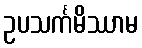
ဥပသင်္ကမိဿာမ